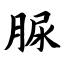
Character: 脲